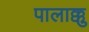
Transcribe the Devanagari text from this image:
पालाक्कु